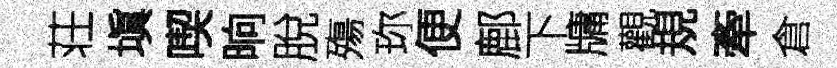
荘塡喫晌脫殤珎便鄜下牗觀規牽倉